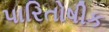
પારિતોષીક